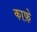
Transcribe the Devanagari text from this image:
काफ़े